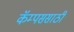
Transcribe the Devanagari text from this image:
कॅम्पससाठी